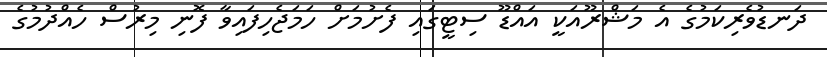
ދަނޑުވެރިކަމުގެ އެ މަޝްރޫއަކީ އައްޑޫ ސިޓީގައި ފެށުމަށް ހަމަޖެހިފައިވާ ފޮނި މިރުސް ހެއްދުމުގެ